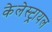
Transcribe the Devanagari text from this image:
केलेस्ट्रायल